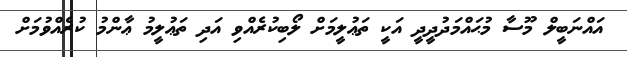
އައްނަބީލް މޫސާ މުޙައްމަދުދީދީ އަކީ ތަޢުލީމަށް ލޯބިކުރެއްވި އަދި ތަޢުލީމު ޢާންމު ކުރެއްވުމަށް